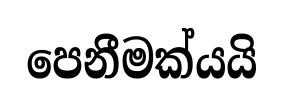
පෙනීමක්යයි